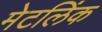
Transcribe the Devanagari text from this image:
मेटलिंक